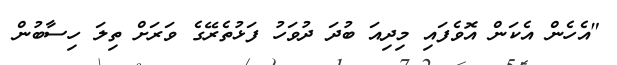
"އެހެން އެކަން އޮވެފައި މިދިއަ ބުދަ ދުވަހު ފަޅުތެރޭގެ ވަރަށް ތިލަ ހިސާބުން